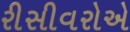
રીસીવરોએ